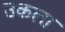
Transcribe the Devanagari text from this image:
उकला